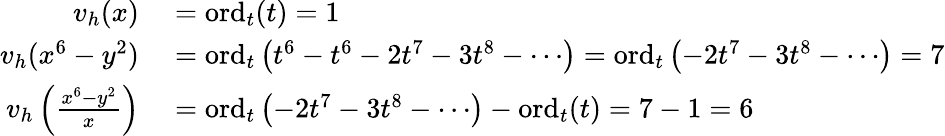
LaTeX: \begin{array}{rl}{v_{h}(x)}&{{}=\mathrm{ord}_{t}(t)=1}\\ {v_{h}(x^{6}-y^{2})}&{{}=\mathrm{ord}_{t}\left(t^{6}-t^{6}-2t^{7}-3t^{8}-\cdots\right)=\mathrm{ord}_{t}\left(-2t^{7}-3t^{8}-\cdots\right)=7}\\ {v_{h}\left({\frac{x^{6}-y^{2}}{x}}\right)}&{{}=\mathrm{ord}_{t}\left(-2t^{7}-3t^{8}-\cdots\right)-\mathrm{ord}_{t}(t)=7-1=6}\end{array}